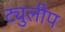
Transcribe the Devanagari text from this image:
ट्युलीप